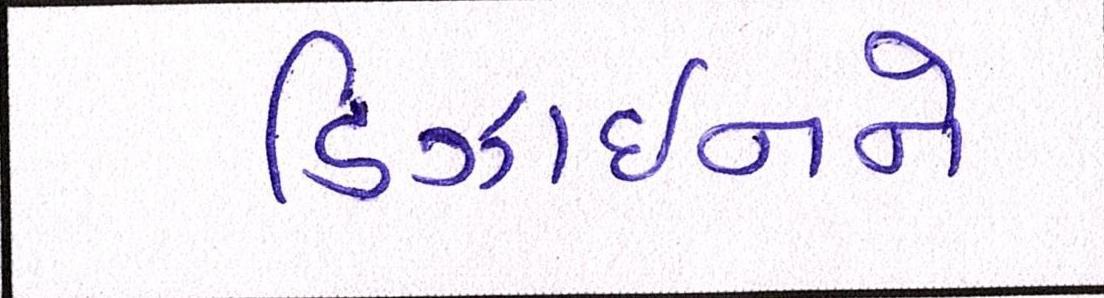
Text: ડિઝાઈનને